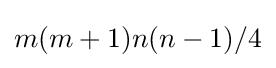
m(m+1)n(n-1)/4